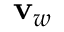
\mathbf { v } _ { w }